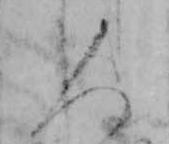
人